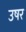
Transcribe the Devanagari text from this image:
उषर